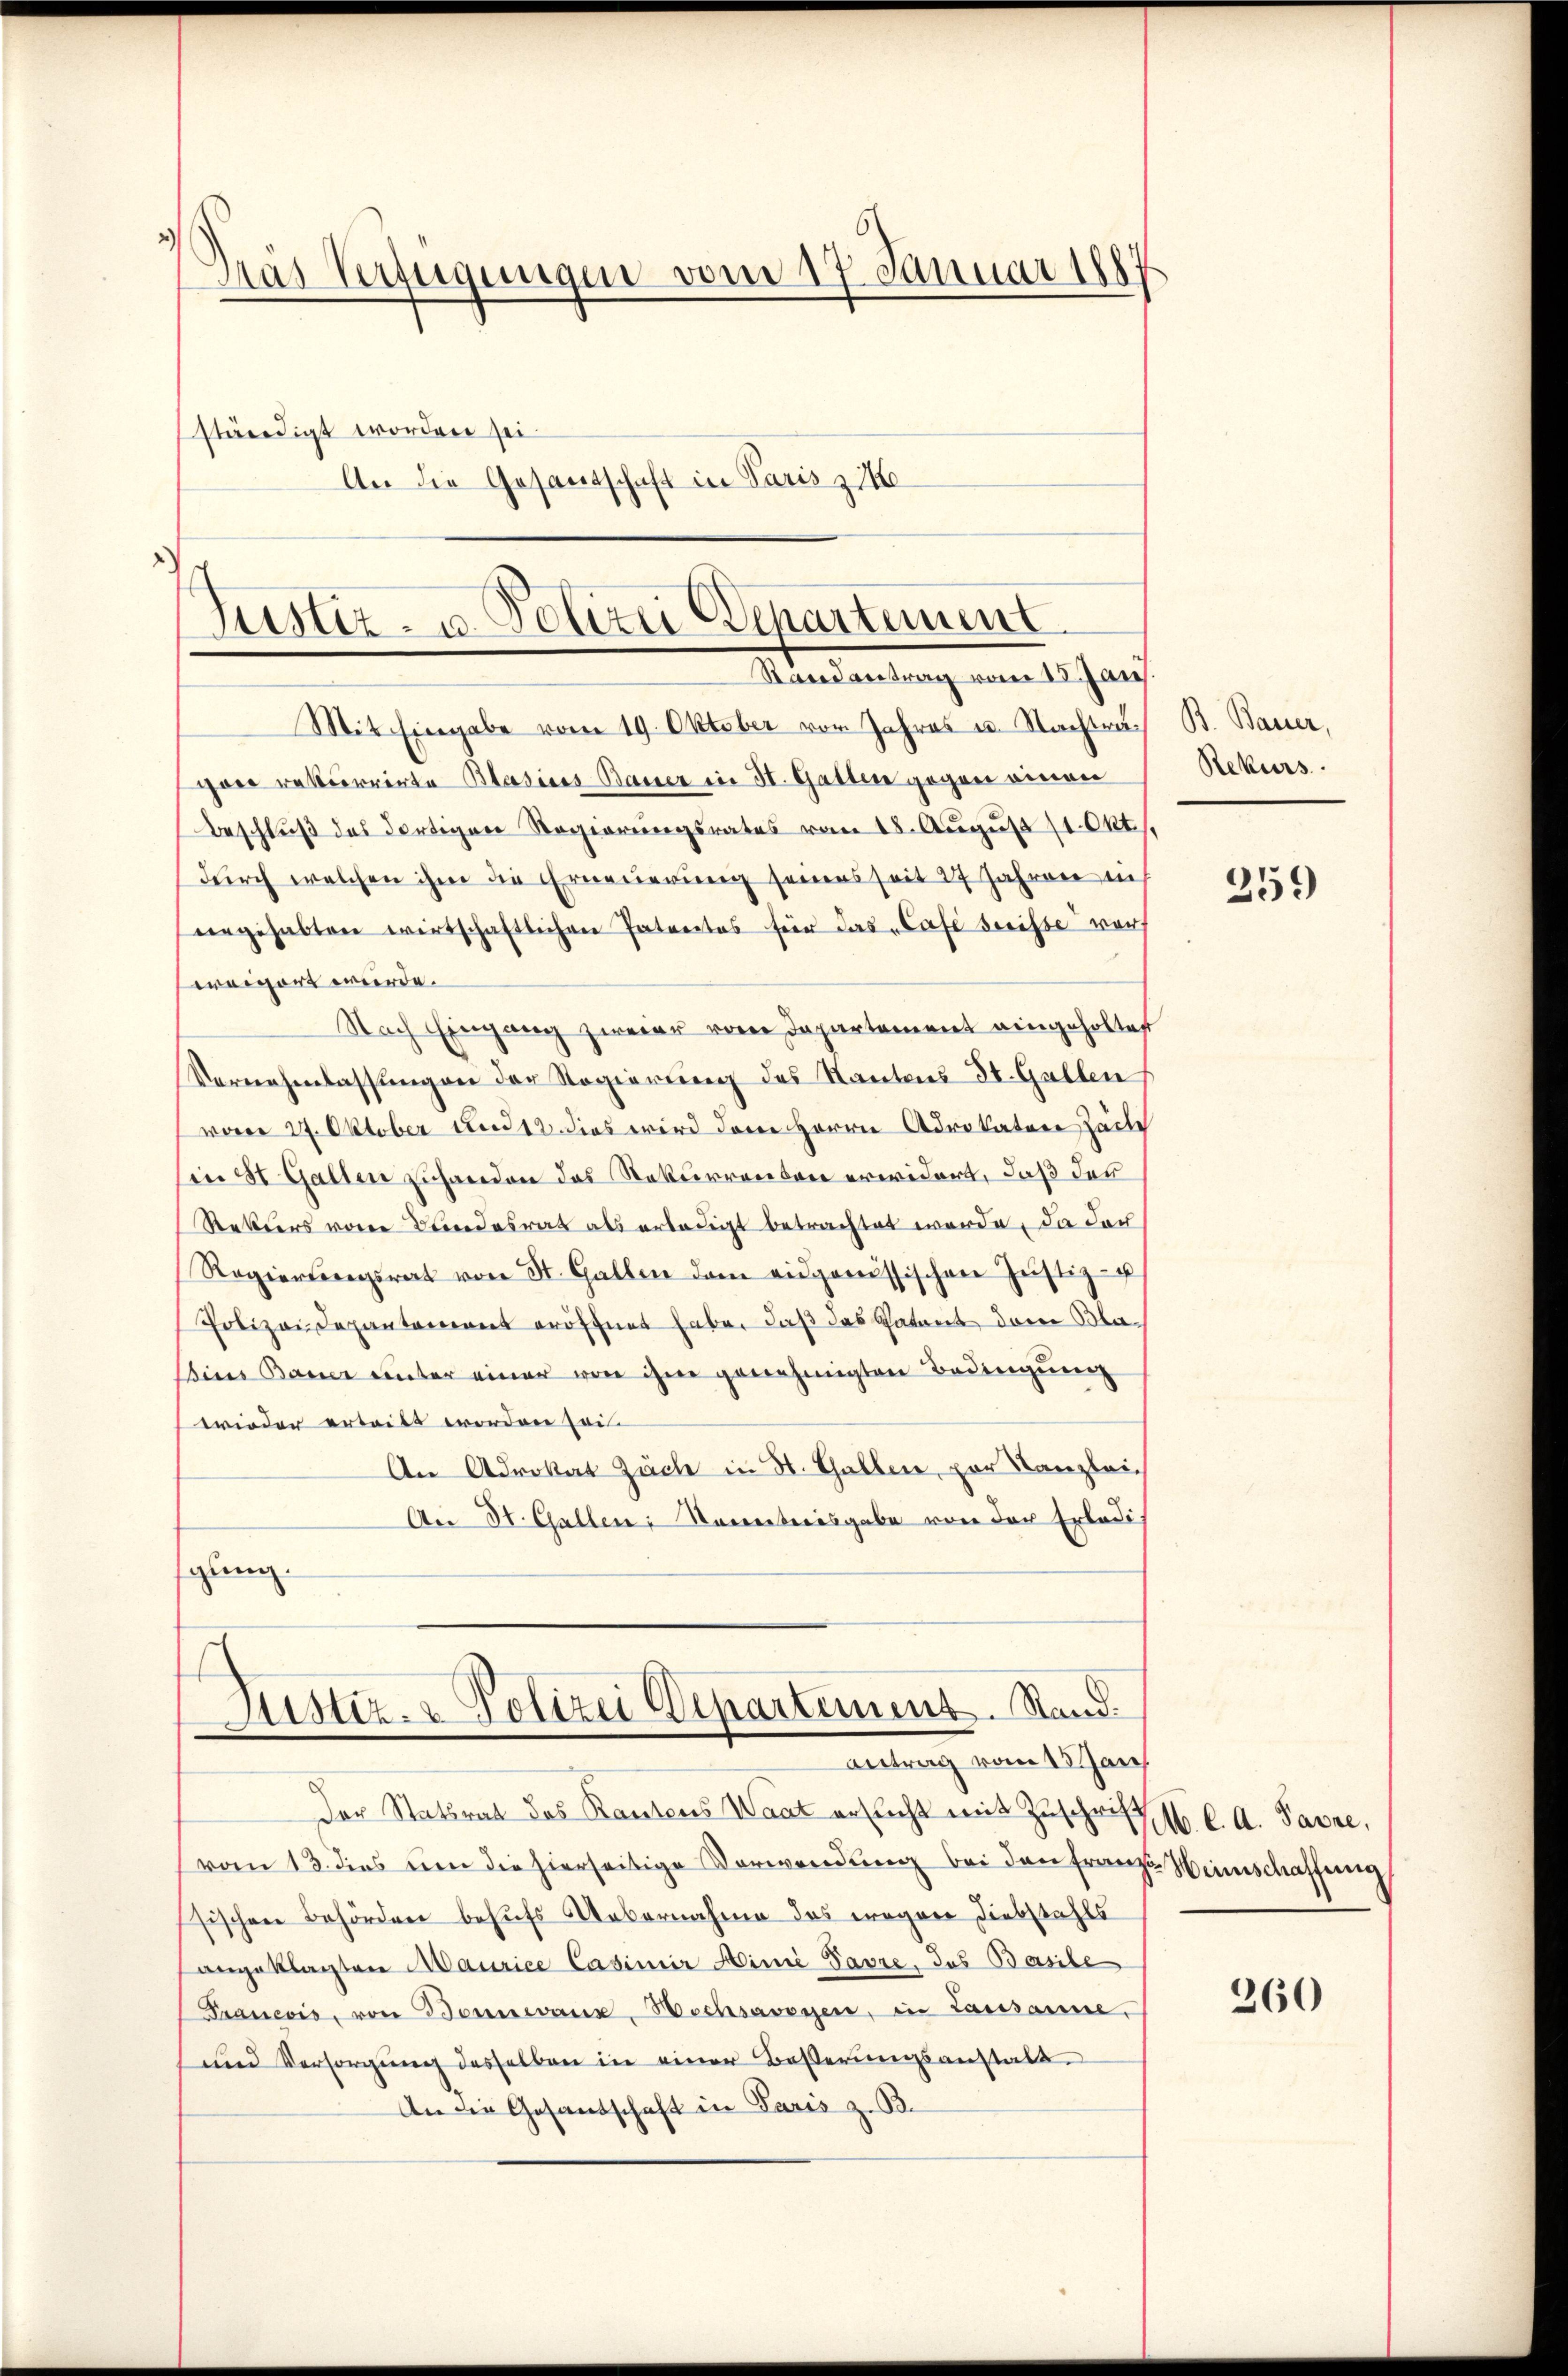
Das Verfügungen vom 17. Januar 1881
ständigt worden sei.
An die Gesandschaft in Paris zie

Justiz- u. Polizei Departement
Randvertrag vom 18. Jan.
Mit Eingabe vom 19. Oktober vor Jahres u. Nachträ¬

parr rekurrirte Blasius Bauer in St. Gatten gegen einen
Beschluß des dortigen Regierungsrates vom 18. Aŭgŭst 11. Okt.
dŭrch welchen ihm die Erneŭerŭng seines seit 27 Jahren i
engehabten wirtschaftlichen Patentes für das Cafe beiste vorh
weigert werde.
Nach Eingang zweier von Departement eingeholtet
Vornehmlassŭngen der Regierung des Kantons St. Gallen
vom 27. Oktober und 12. dies wird dem Herrn Advokater Zeit
in St. Gallen zuhanden das Rekurrenbar erwidert, daß das
Rekurs von Bandesrat als erledigt betrachtet werde, da der
Regierungsrat von St. Gallen dem eidgenössischen Justiz- u
Polizen Departement eröffnet habe, daß das Patent dem Bla¬
Bins Bauer unter einer von ihm genehmigten Bedingung
wieder erteilt worden sein
An Advokat Zach in St. Gallen, par Kanzlei¬
An St. Gallen, Namenteisgabe von der Erledigung.
Justiz- & Polizei Departement. Stand.
Antrag vom 18 Jan
Der Statsrat das Kantons Waat ersicht mit Zuschrift M. C. A. Pavre,
vom 13. dies um die hierseitige Verwendung bei den Franz Weinschaffung
sischen Behörden behufs Uebernahme das wegen Diebstahls
angeklagten Maurice Casimir Hinie Pavre, das Basile
Francois, von Bonnene Wechsavossen, in Lausanne.
und Versorgŭng desselben in einer Boβerŭngsanstalt
An die Gesandschaft in Paris z. B.

B. Bauer,
Rekurs

259

260